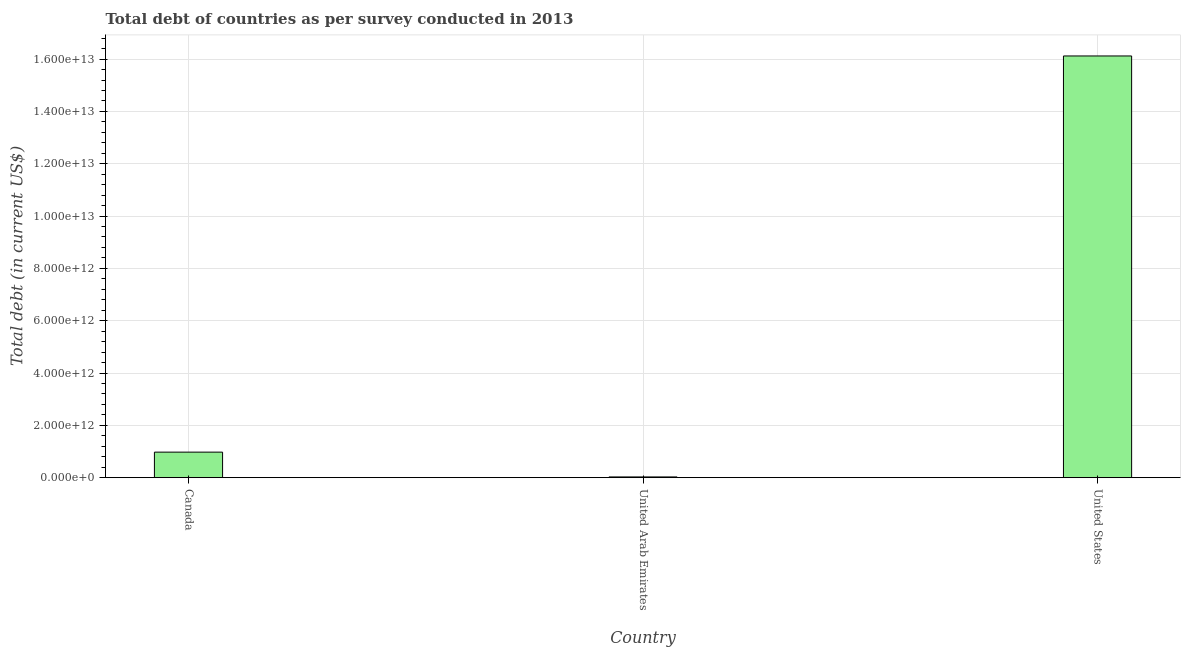
| Country | Central government debt |
 | --- | --- |
 | Canada | 9.75e+11 |
 | United Arab Emirates | 2.71e+10 |
 | United States | 1.61e+13 |